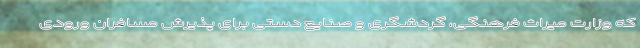
که وزارت میراث فرهنگی، گردشگری و صنایع دستی برای پذیرش مسافران ورودی